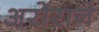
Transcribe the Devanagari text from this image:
अरोराने